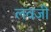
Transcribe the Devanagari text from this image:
लवजी